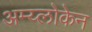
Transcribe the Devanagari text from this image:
अम्य्लोकेन